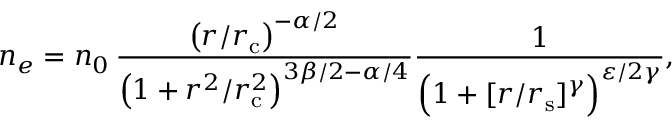
n _ { e } = n _ { 0 } \, \frac { \left( r / r _ { \mathrm { c } } \right) ^ { - \alpha / 2 } } { \left( 1 + r ^ { 2 } / r _ { \mathrm { c } } ^ { 2 } \right) ^ { 3 \beta / 2 - \alpha / { 4 } } } \frac { 1 } { \Big ( 1 + { [ r / r _ { \mathrm { s } } ] ^ { \gamma } } \Big ) ^ { \varepsilon / { 2 } \gamma } } ,